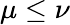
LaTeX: \mu\le\nu